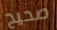
صحيح